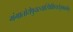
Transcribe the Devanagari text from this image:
गंगातोयेषुयस्यास्थिक्षिप्यतेशुभकर्मणः